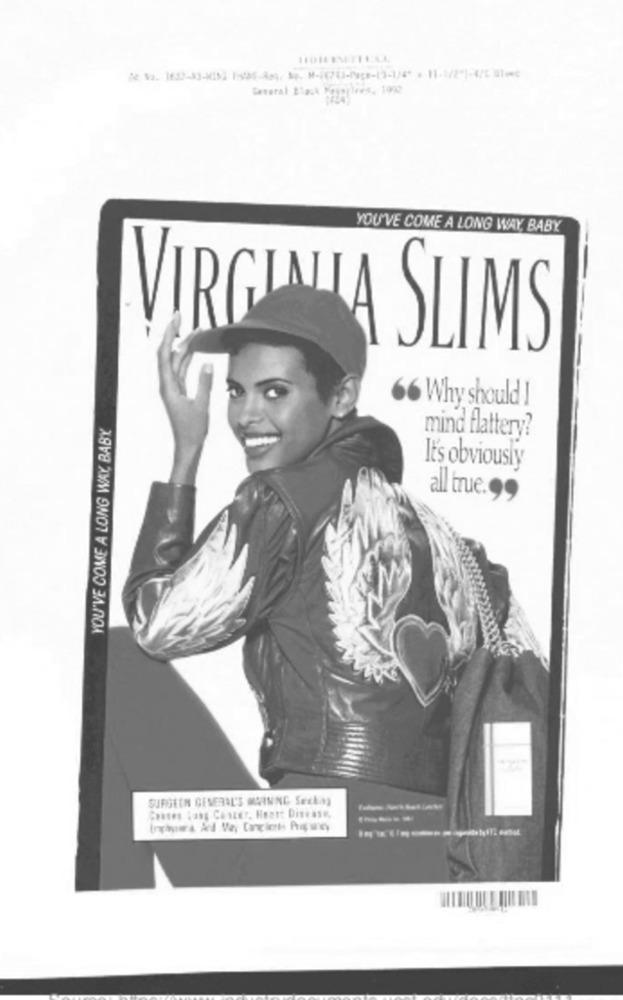
General Black Pagapires. 1900
YOU'VE COME A LONG WAY, BABY
VI
GAIA SLIMS
66 Why should !
YOU'VE COME A LONG WAY, BABY
mind flattery?
It's obviously
all true. 99
SURGEEN GENERAL'S MAINNG Seckay
Conses Rang Chazer, Heart Disease,
-----